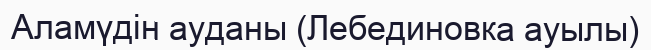
Аламүдін ауданы (Лебединовка ауылы)